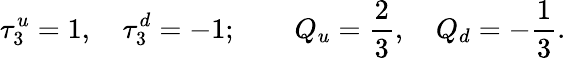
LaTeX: \tau_{3}^{u}=1,\quad\tau_{3}^{d}=-1;\quad\quad Q_{u}=\frac{2}{3},\quad Q_{d}=-\frac{1}{3}.